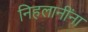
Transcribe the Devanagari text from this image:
निहलानींना